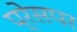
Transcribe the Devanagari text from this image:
प्रेसपर